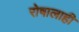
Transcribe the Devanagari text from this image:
रोषालाही